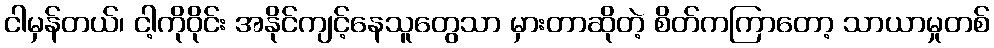
ငါမှန်တယ်၊ ငါ့ကိုဝိုင်း အနိုင်ကျင့်နေသူတွေသာ မှားတာဆိုတဲ့ စိတ်ကကြာတော့ သာယာမှုတစ်